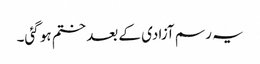
یہ رسم آزادی کے بعد ختم ہو گئی۔